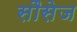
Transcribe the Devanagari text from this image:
सौसेज